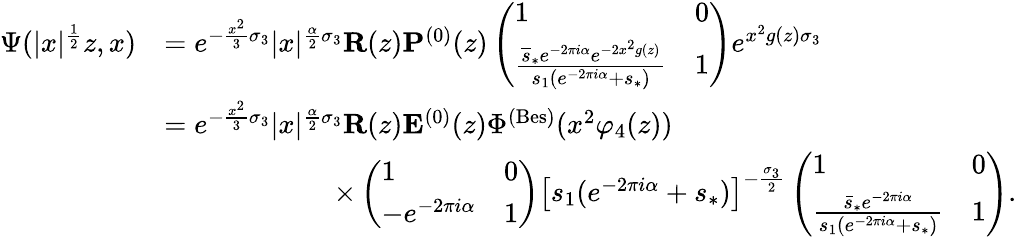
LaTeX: \begin{array}{rl}{\Psi(|x|^{\frac{1}{2}}z,x)}&{=e^{-\frac{x^{2}}{3}\sigma_{3}}|x|^{\frac{\alpha}{2}\sigma_{3}}\mathbf{R}(z)\mathbf{P}^{(0)}(z)\left(\begin{array}{ll}{1}&{0}\\ {\frac{\overline{{s}}_{*}e^{-2\pi i\alpha}e^{-2x^{2}g(z)}}{s_{1}(e^{-2\pi i\alpha}+s_{*})}}&{1}\end{array}\right)e^{x^{2}g(z)\sigma_{3}}}\\ &{=e^{-\frac{x^{2}}{3}\sigma_{3}}|x|^{\frac{\alpha}{2}\sigma_{3}}\mathbf{R}(z)\mathbf{E}^{(0)}(z)\Phi^{(\mathrm{Bes})}(x^{2}\varphi_{4}(z))}\\ &{\qquad\qquad\qquad\times\left(\begin{array}{ll}{1}&{0}\\ {-e^{-2\pi i\alpha}}&{1}\end{array}\right)\left[s_{1}(e^{-2\pi i\alpha}+s_{*})\right]^{-\frac{\sigma_{3}}{2}}\left(\begin{array}{ll}{1}&{0}\\ {\frac{\bar{s}_{*}e^{-2\pi i\alpha}}{s_{1}(e^{-2\pi i\alpha}+s_{*})}}&{1}\end{array}\right).}\end{array}